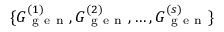
\{ G _ { \mathrm { ~ g ~ e ~ n ~ } } ^ { ( 1 ) } , G _ { \mathrm { ~ g ~ e ~ n ~ } } ^ { ( 2 ) } , \dots , G _ { \mathrm { ~ g ~ e ~ n ~ } } ^ { ( s ) } \}